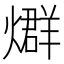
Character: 𤐆